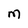
Character: M